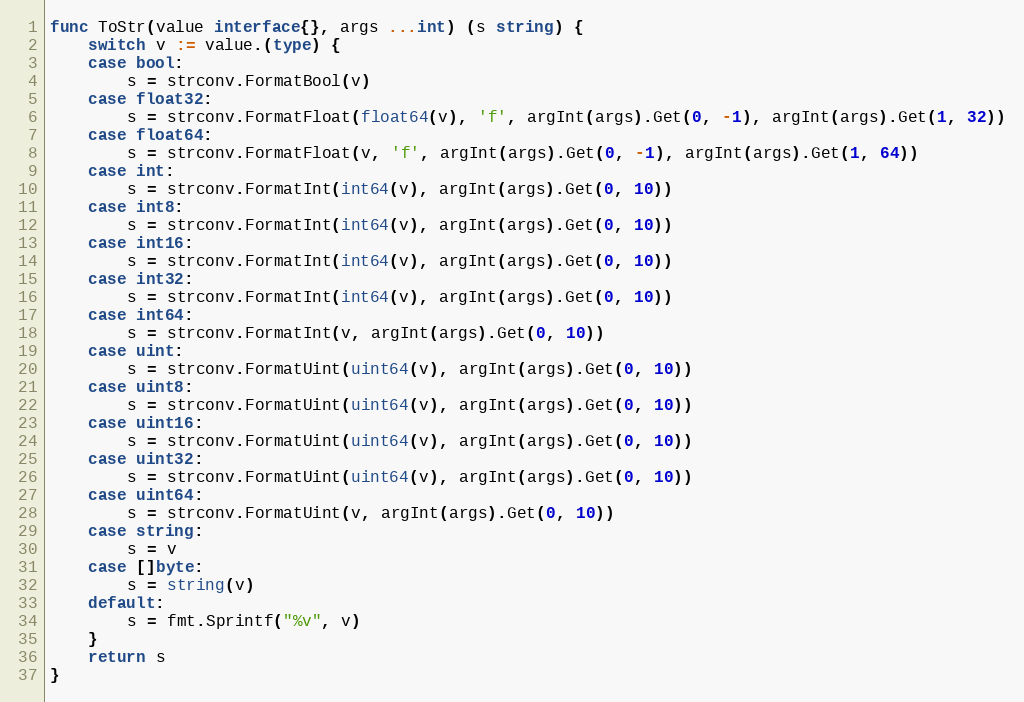
Language: Go
func ToStr(value interface{}, args ...int) (s string) {
	switch v := value.(type) {
	case bool:
		s = strconv.FormatBool(v)
	case float32:
		s = strconv.FormatFloat(float64(v), 'f', argInt(args).Get(0, -1), argInt(args).Get(1, 32))
	case float64:
		s = strconv.FormatFloat(v, 'f', argInt(args).Get(0, -1), argInt(args).Get(1, 64))
	case int:
		s = strconv.FormatInt(int64(v), argInt(args).Get(0, 10))
	case int8:
		s = strconv.FormatInt(int64(v), argInt(args).Get(0, 10))
	case int16:
		s = strconv.FormatInt(int64(v), argInt(args).Get(0, 10))
	case int32:
		s = strconv.FormatInt(int64(v), argInt(args).Get(0, 10))
	case int64:
		s = strconv.FormatInt(v, argInt(args).Get(0, 10))
	case uint:
		s = strconv.FormatUint(uint64(v), argInt(args).Get(0, 10))
	case uint8:
		s = strconv.FormatUint(uint64(v), argInt(args).Get(0, 10))
	case uint16:
		s = strconv.FormatUint(uint64(v), argInt(args).Get(0, 10))
	case uint32:
		s = strconv.FormatUint(uint64(v), argInt(args).Get(0, 10))
	case uint64:
		s = strconv.FormatUint(v, argInt(args).Get(0, 10))
	case string:
		s = v
	case []byte:
		s = string(v)
	default:
		s = fmt.Sprintf("%v", v)
	}
	return s
}